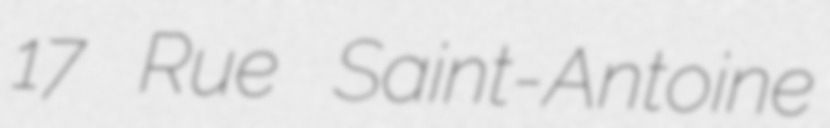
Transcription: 17 Rue Saint-Antoine